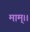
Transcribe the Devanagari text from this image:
माम्।।